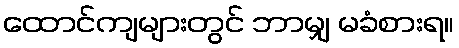
ထောင်ကျများတွင် ဘာမျှ မခံစားရ။